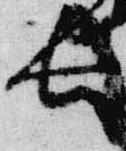
長